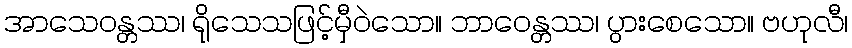
အာသေဝန္တဿ၊ ရိုသေသဖြင့်မှီဝဲသော။ ဘာဝေန္တဿ၊ ပွားစေသော။ ဗဟုလီ၊